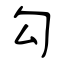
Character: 勾